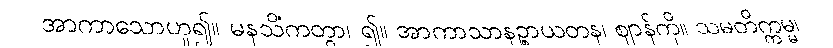
အာကာသောဟူ၍။ မနသိကတွာ၊ ၍။ အာကာသာနဉ္စာယတနံ၊ ဈာန်ကို။ သမတိက္ကမ္မ၊